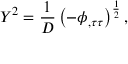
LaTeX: Y ^ { 2 } = \frac 1 D \left( - \phi _ { , \tau \tau } \right) ^ { \frac 1 2 } ,